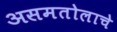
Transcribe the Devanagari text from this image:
असमतोलाचे